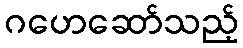
ဂဟေဆော်သည့်